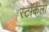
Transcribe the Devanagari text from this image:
स्टॉर्कला